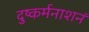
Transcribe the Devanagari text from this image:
दुष्कर्मनाशनं